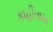
કાહીતામા